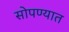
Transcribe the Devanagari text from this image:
सोपण्यात